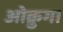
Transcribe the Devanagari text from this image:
ओक्रुग।